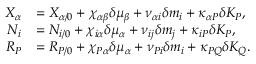
\begin{array} { r l } { X _ { \alpha } } & { = X _ { \alpha / 0 } + \chi _ { \alpha \beta } \delta \mu _ { \beta } + \nu _ { \alpha i } \delta m _ { i } + \kappa _ { \alpha P } \delta K _ { P } , } \\ { N _ { i } } & { = N _ { i / 0 } + \chi _ { i \alpha } \delta \mu _ { \alpha } + \nu _ { i j } \delta m _ { j } + \kappa _ { i P } \delta K _ { P } , } \\ { R _ { P } } & { = R _ { P / 0 } + \chi _ { P \alpha } \delta \mu _ { \alpha } + \nu _ { P i } \delta m _ { i } + \kappa _ { P Q } \delta K _ { Q } . } \end{array}